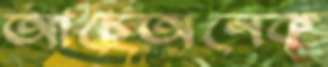
আছেঅনেক